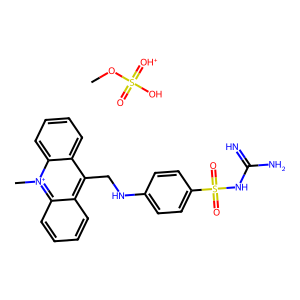
SMILES: COS(=O)(O)=[OH+].C[n+]1c2ccccc2c(CNc2ccc(S(=O)(=O)NC(=N)N)cc2)c2ccccc21
Inhibits HIV replication: No